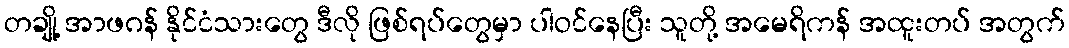
တချို့ အာဖဂန် နိုင်ငံသားတွေ ဒီလို ဖြစ်ရပ်တွေမှာ ပါဝင်နေပြီး သူတို့ အမေရိကန် အထူးတပ် အတွက်